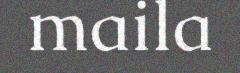
maila